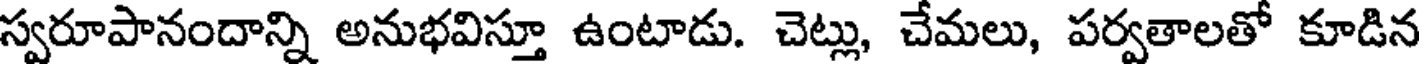
స్వరూపానందాన్ని అనుభవిస్తూ ఉంటాడు. చెట్లు, చేమలు, పర్వతాలతో కూడిన